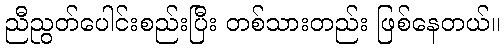
ညီညွတ်ပေါင်းစည်းပြီး တစ်သားတည်း ဖြစ်နေတယ်။